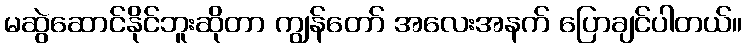
မဆွဲဆောင်နိုင်ဘူးဆိုတာ ကျွန်တော် အလေးအနက် ပြောချင်ပါတယ်။